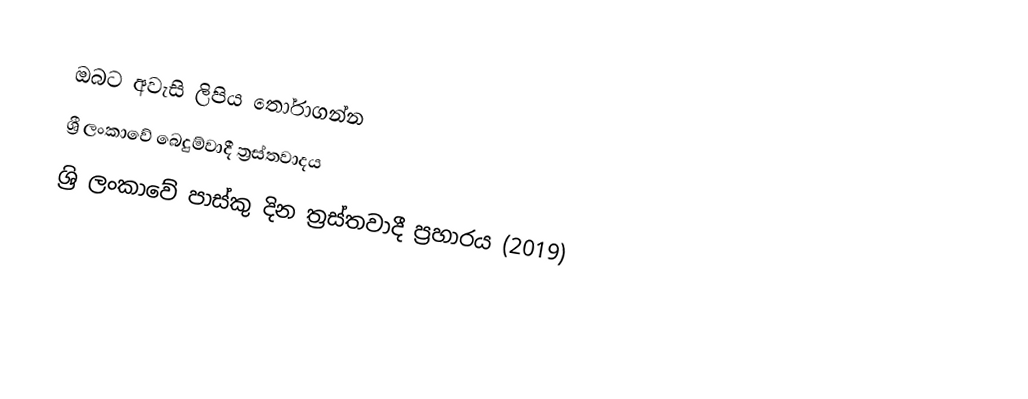
ඔබට අවැසි ලිපිය  තෝරාගන්න
 ශ්‍රී ලංකාවේ බෙදුම්වාදී ත්‍රස්තවාදය
 ශ්‍රි ලංකාවේ පාස්කු දින ත්‍රස්තවාදී ප්‍රහාරය (2019)